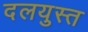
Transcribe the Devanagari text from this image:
दलयुस्त